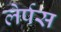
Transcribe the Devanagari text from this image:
लेर्पस